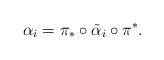
LaTeX: \begin{align*}\alpha_i = \pi_* \circ \tilde\alpha_i \circ \pi^*.\end{align*}